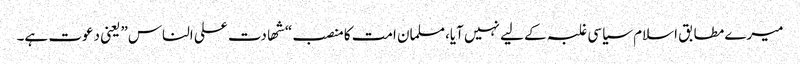
میرے مطابق اسلام سیاسی غلبہ کے لیے نہیں آیا،مسلمان امت کا منصب “شھادت علی الناس” یعنی دعوت ہے۔